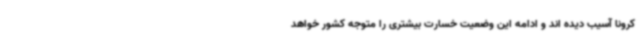
کرونا آسیب دیده اند و ادامه این وضعیت خسارت بیشتری را متوجه کشور خواهد